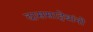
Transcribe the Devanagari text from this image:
दाससाहेबांनी